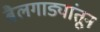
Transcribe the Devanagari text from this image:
बैलगाड्यांतून